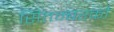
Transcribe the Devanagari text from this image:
सितम्बरको